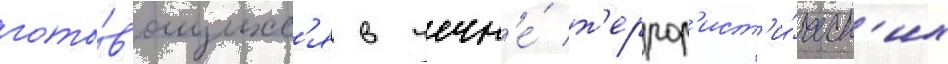
гото́в'ящихс'я в чечн'е́ т'еррор'ист'и́ческ'их